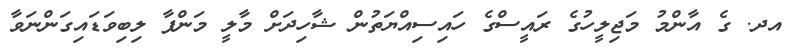
އދ. ގެ އާންމު މަޖިލީހުގެ ރައީސްގެ ހައިސިއްޔަތުން ޝާހިދަށް މާލީ މަންފާ ލިބިވަޑައިގަންނަވާ